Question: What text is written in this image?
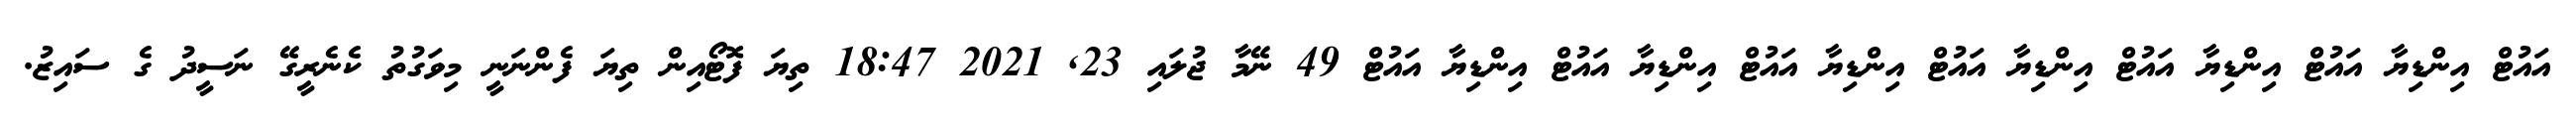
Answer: އައުޓް އިންޑިޔާ އައުޓް އިންޑިޔާ އައުޓް އިންޑިޔާ އައުޓް އިންޑިޔާ އައުޓް އިންޑިޔާ އައުޓް އިންޑިޔާ އައުޓް 49 ނޭމާ ޖުލައި 23, 2021 18:47 ތިޔަ ފޮޓޯއިން ތިޔަ ފެންނަނީ މިވަގުތު ކެނެރީގޭ ނަސީދު ގެ ސައިޒު.